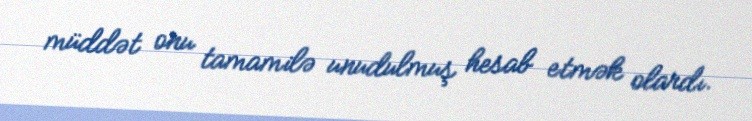
müddət onu tamamilə unudulmuş hesab etmək olardı.